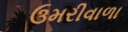
ઉમરીવાળા